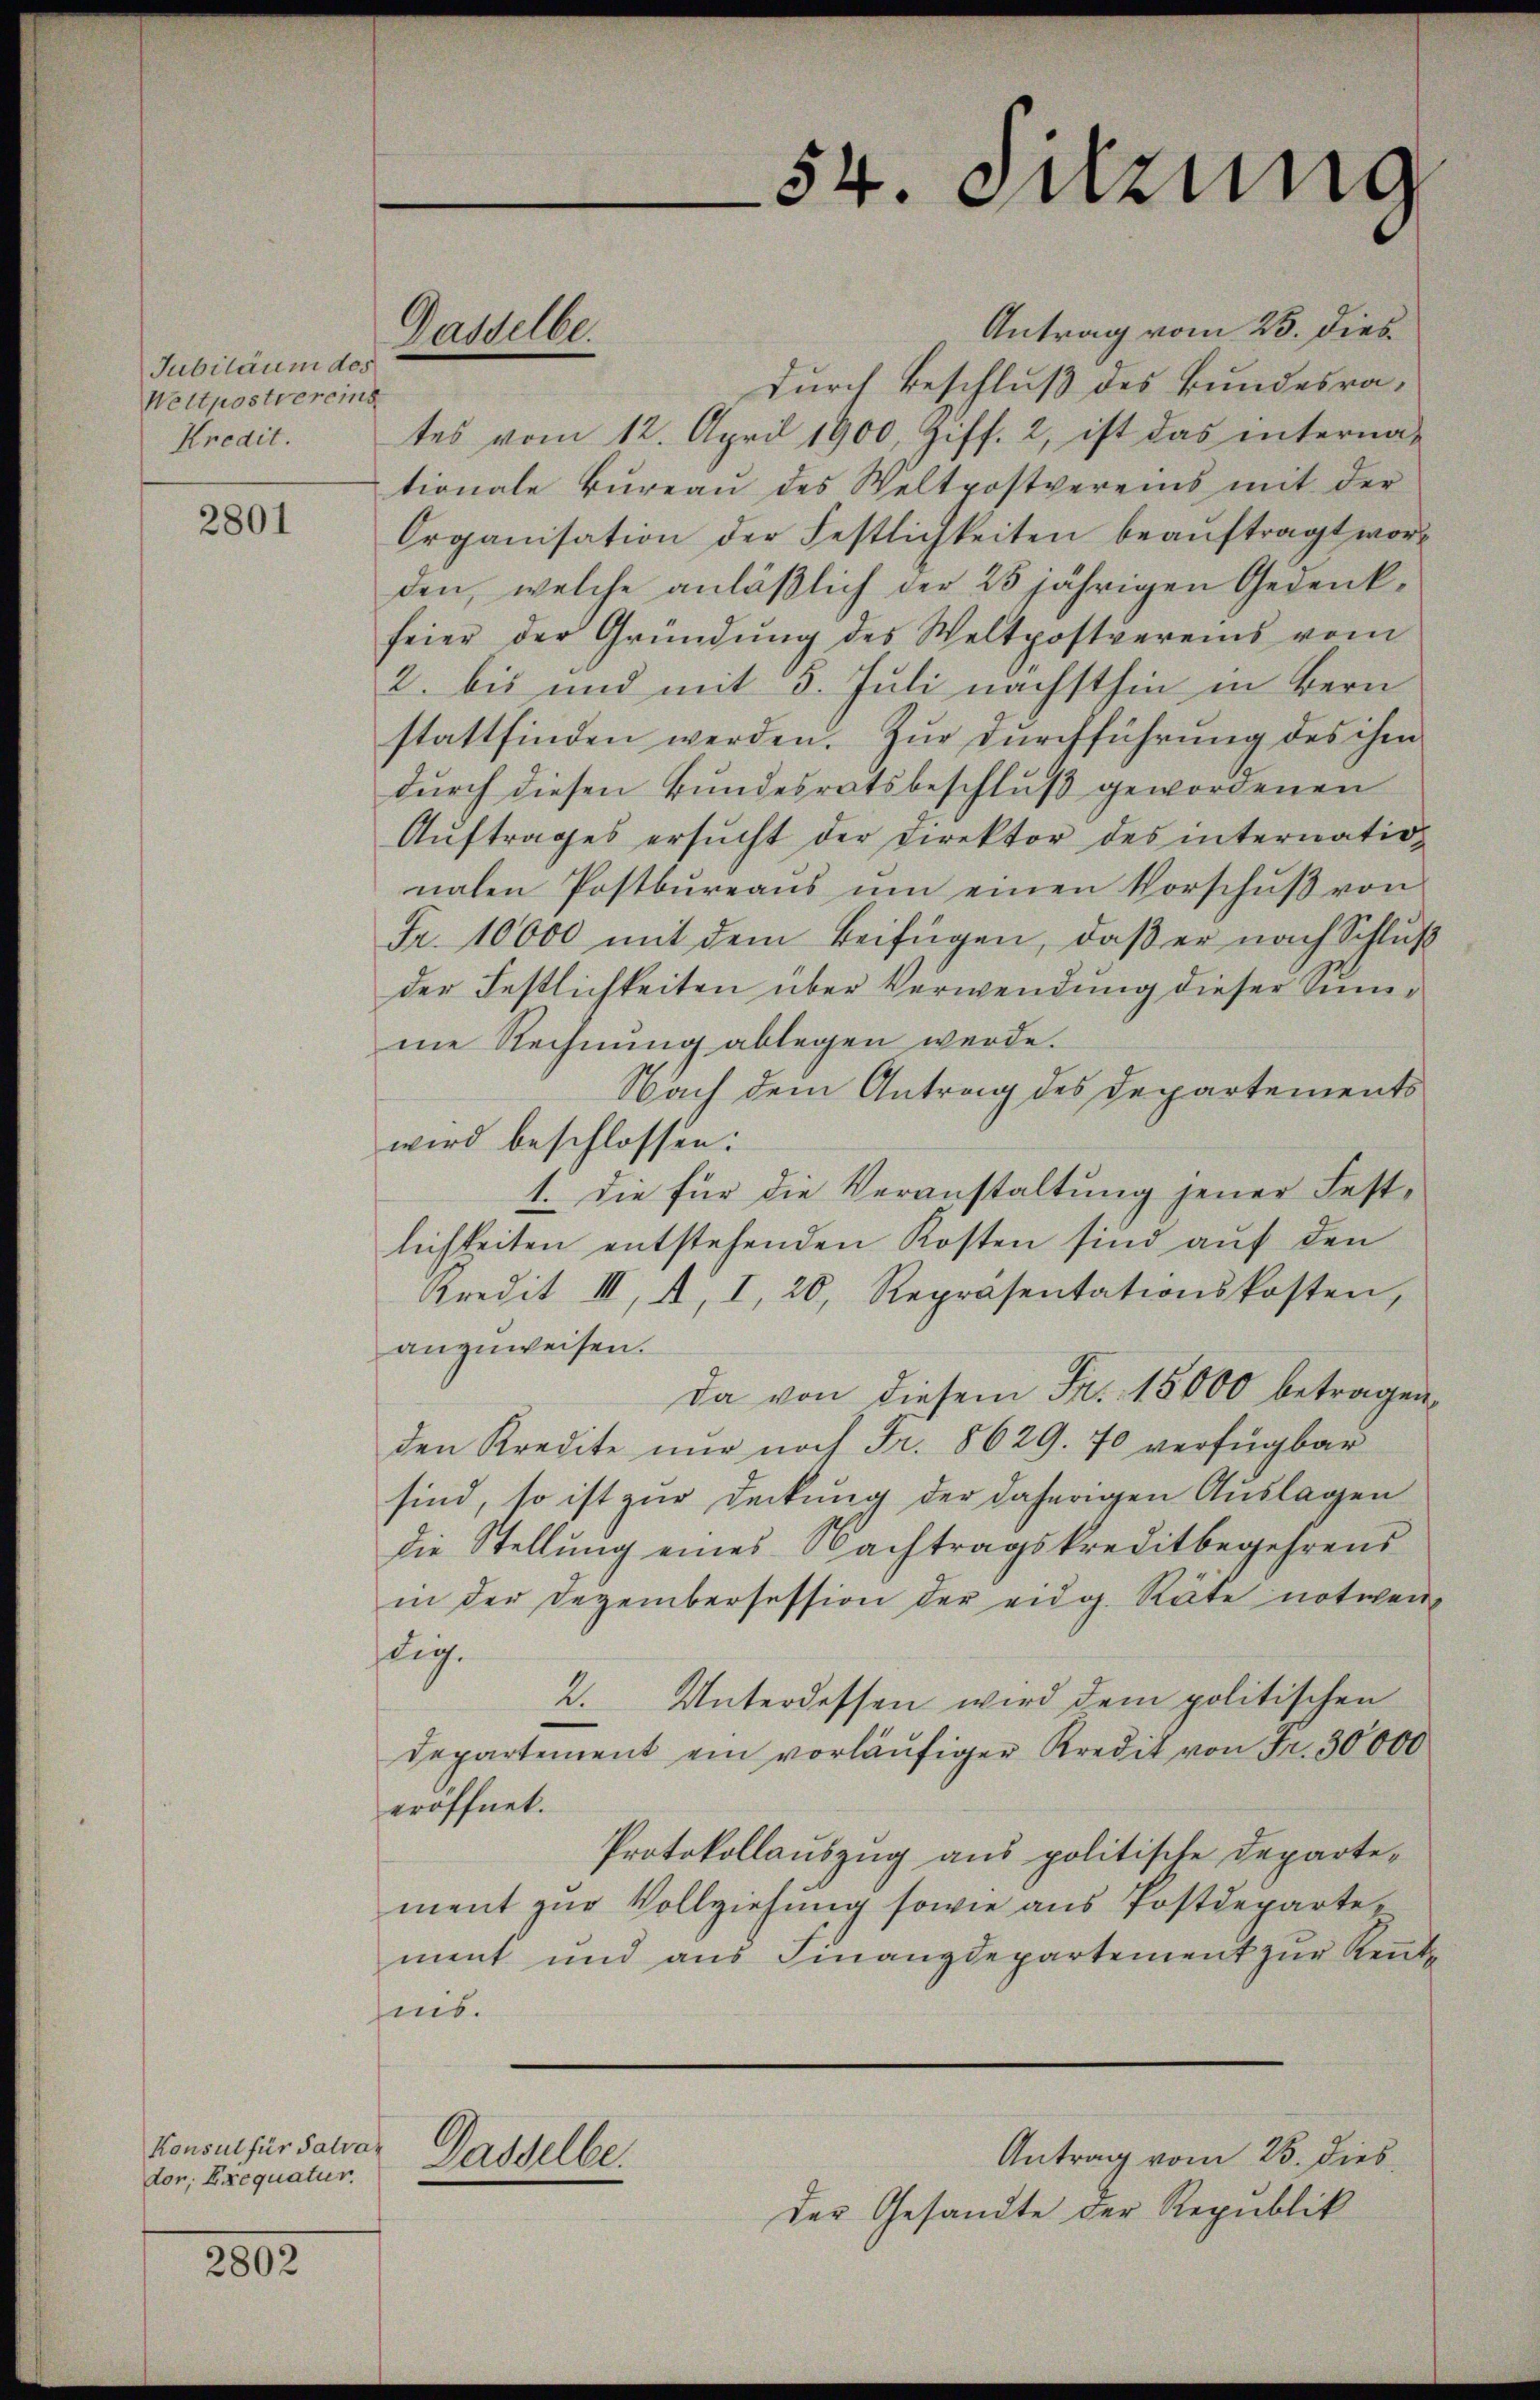
Jubiläum des
Weltpostvereins
Kredit.

2801

Konsul für Salva
dor. Exequatur.

2802

Gasselbe.

wird beschlossen:

54. Sitzung

Antrag vom 25. dies
durch Beschluß des Bundesrates vom 12. April 1900, Ziff. 2, ist das internationale Büreaŭ des Weltpostvereins mit der
Organisation der Festlichkeiten beaŭftragt worden, welche anläßlich der 25 jährigen Gedenkfeier der Gründung des Weltpostvereins vom
2. bis und mit 5. Juli nächsthin in Bern
stattfinden werden. Zur Durchführung des ihm
durch diesen Bundesratsbeschluß gewordenen
Auftrages ersucht der Direktor des internationahen Postbüreaŭs ŭm einen Vorschŭβ von
Fr. 10000 mit dem Beifügen, daβ er nach Schlŭβ
der Festlichkeiten über Verwendung dieser Summe Rechnung ablegen werde.
Nach dem Antrag des Departements
1. die für die Veranstaltung jener Festlichkeiten entstehenden Kosten sind auf den
Kredit III, 2, I, 20, Repräsentationskosten,
anzuweisen.
Da von diesem Fr. 15000 betragen,
den Kredite nur noch Fr. 8629. 70 verfügbar
sind, so ist zur Deckung der daherigen Auslagen
die Stellung eines Nachtragskreditbegehrens
in der Dezembersession der eidg. Räte notwen
dig.
2. Unterdessen wird dem politischen
Departement ein vorläufiger Kredit von Fr. 30000
eröffnet.
Protokollauszug aus politische Departement zur Vollziehung sowie aus Postdeparte,
ment und aus Finanzdepartement zur Kenntnis.
Antrag vom 23. dies
Dasselbe.
Der Gesandte der Republik